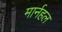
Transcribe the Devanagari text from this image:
मार्नहल